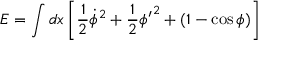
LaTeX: E = \int d x \left[ \frac { 1 } { 2 } \dot { \phi } ^ { 2 } + \frac { 1 } { 2 } { \phi ^ { \prime } } ^ { 2 } + ( 1 - \cos \phi ) \right]